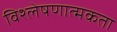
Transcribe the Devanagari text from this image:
विश्लेषणात्मकता